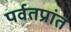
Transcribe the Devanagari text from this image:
पर्वतप्रांत